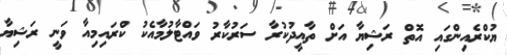
ޔުކްރެެއިންގައި އޮތް ރަޝިޔާ އަށް ތާއީދުކުރާ ސަރުކާރު ވައްޓާލުމާއެކު ކްރައިމިއާ ވަނީ ރަޝިޔާ